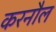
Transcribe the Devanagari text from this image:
करनौल